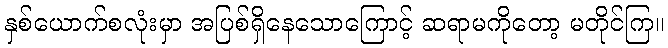
နှစ်ယောက်စလုံးမှာ အပြစ်ရှိနေသောကြောင့် ဆရာမကိုတော့ မတိုင်ကြ။